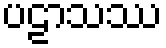
ပဠာသဿ